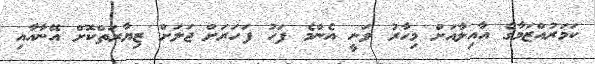
ކަމަރުއްޒަމާގެ އާއިލާއަށް މިހާރު ވަނީ އެންމެ ފަހު ފަހަރަށް ޖަލަށް ޒިޔާރަތްކޮށް އޭނާއާއި